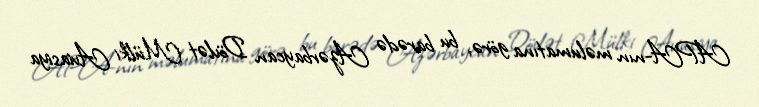
APA-nın məlumatına görə, bu barədə Azərbaycan Dövlət Mülki Aviasiya